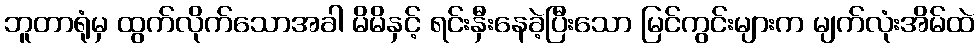
ဘူတာရုံမှ ထွက်လိုက်သောအခါ မိမိနှင့် ရင်းနှီးနေခဲ့ပြီးသော မြင်ကွင်းများက မျက်လုံးအိမ်ထဲ